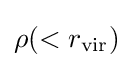
\rho (<r_{\rm {vir}})